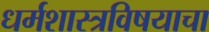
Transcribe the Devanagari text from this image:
धर्मशास्त्रविषयाचा